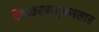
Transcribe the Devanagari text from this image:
वैयाकरणभूषणसार